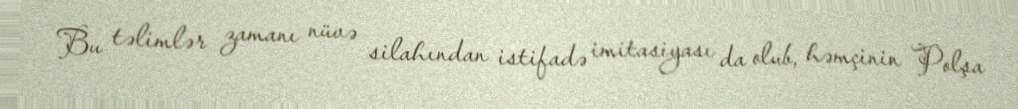
Bu təlimlər zamanı nüvə silahından istifadə imitasiyası da olub, həmçinin Polşa